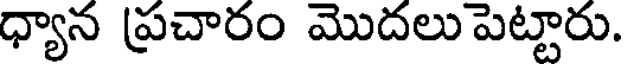
ధ్యాన ప్రచారం మొదలుపెట్టారు.